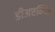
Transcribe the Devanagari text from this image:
डीअरम्विड